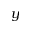
y